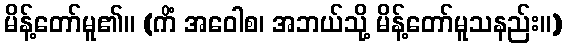
မိန့်တော်မူ၏။ (ကိံ အဝေါစ၊ အဘယ်သို့ မိန့်တော်မူသနည်း။)